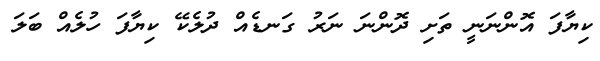
ކިޔާފަ އޮންނަނީ ތަށި ދޮންނަ ނަރު ގަނޑެއް ދުލެކޭ ކިޔާފަ ހުލެއް ބަލަ